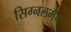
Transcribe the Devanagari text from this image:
सिग्नलमैन